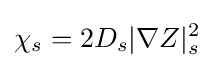
\chi _{s}=2D_{s}|\nabla Z|_{s}^{2}